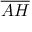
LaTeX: \overline { { A H } }